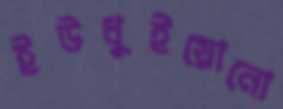
ইউধুইয়োনো